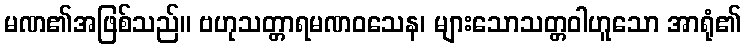
မဏ၏အဖြစ်သည်။ ဗဟုသတ္တာရမဏဝသေန၊ များသောသတ္တဝါဟူသော အာရုံ၏